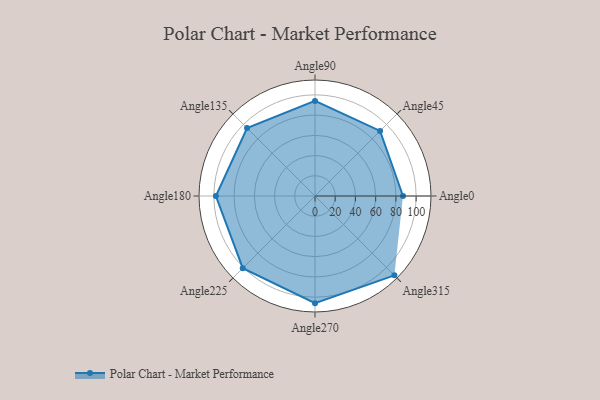
{"axis": {"x": "Angle", "y": "Radius"}, "legend": [""], "data": [{"x": "Angle0", "y": 87.0, "type": ""}, {"x": "Angle45", "y": 91.0, "type": ""}, {"x": "Angle90", "y": 94.0, "type": ""}, {"x": "Angle135", "y": 95.0, "type": ""}, {"x": "Angle180", "y": 98.0, "type": ""}, {"x": "Angle225", "y": 101.0, "type": ""}, {"x": "Angle270", "y": 106.0, "type": ""}, {"x": "Angle315", "y": 111.0, "type": ""}]}